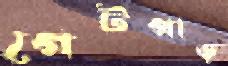
গেটপাড়